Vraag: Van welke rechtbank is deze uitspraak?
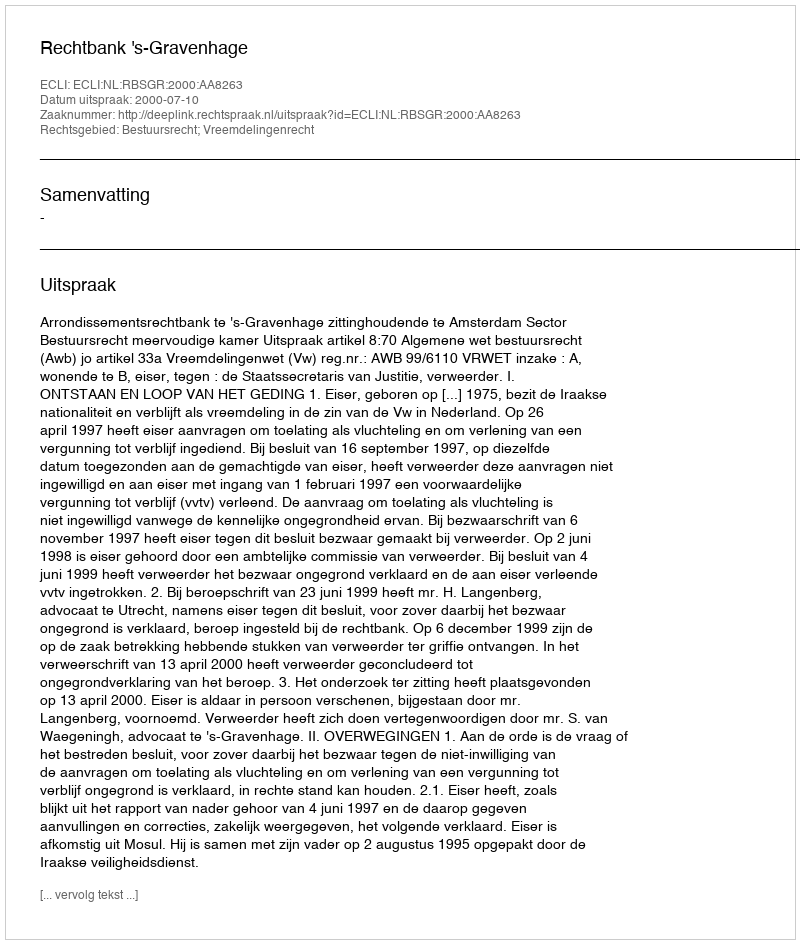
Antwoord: Rechtbank 's-Gravenhage